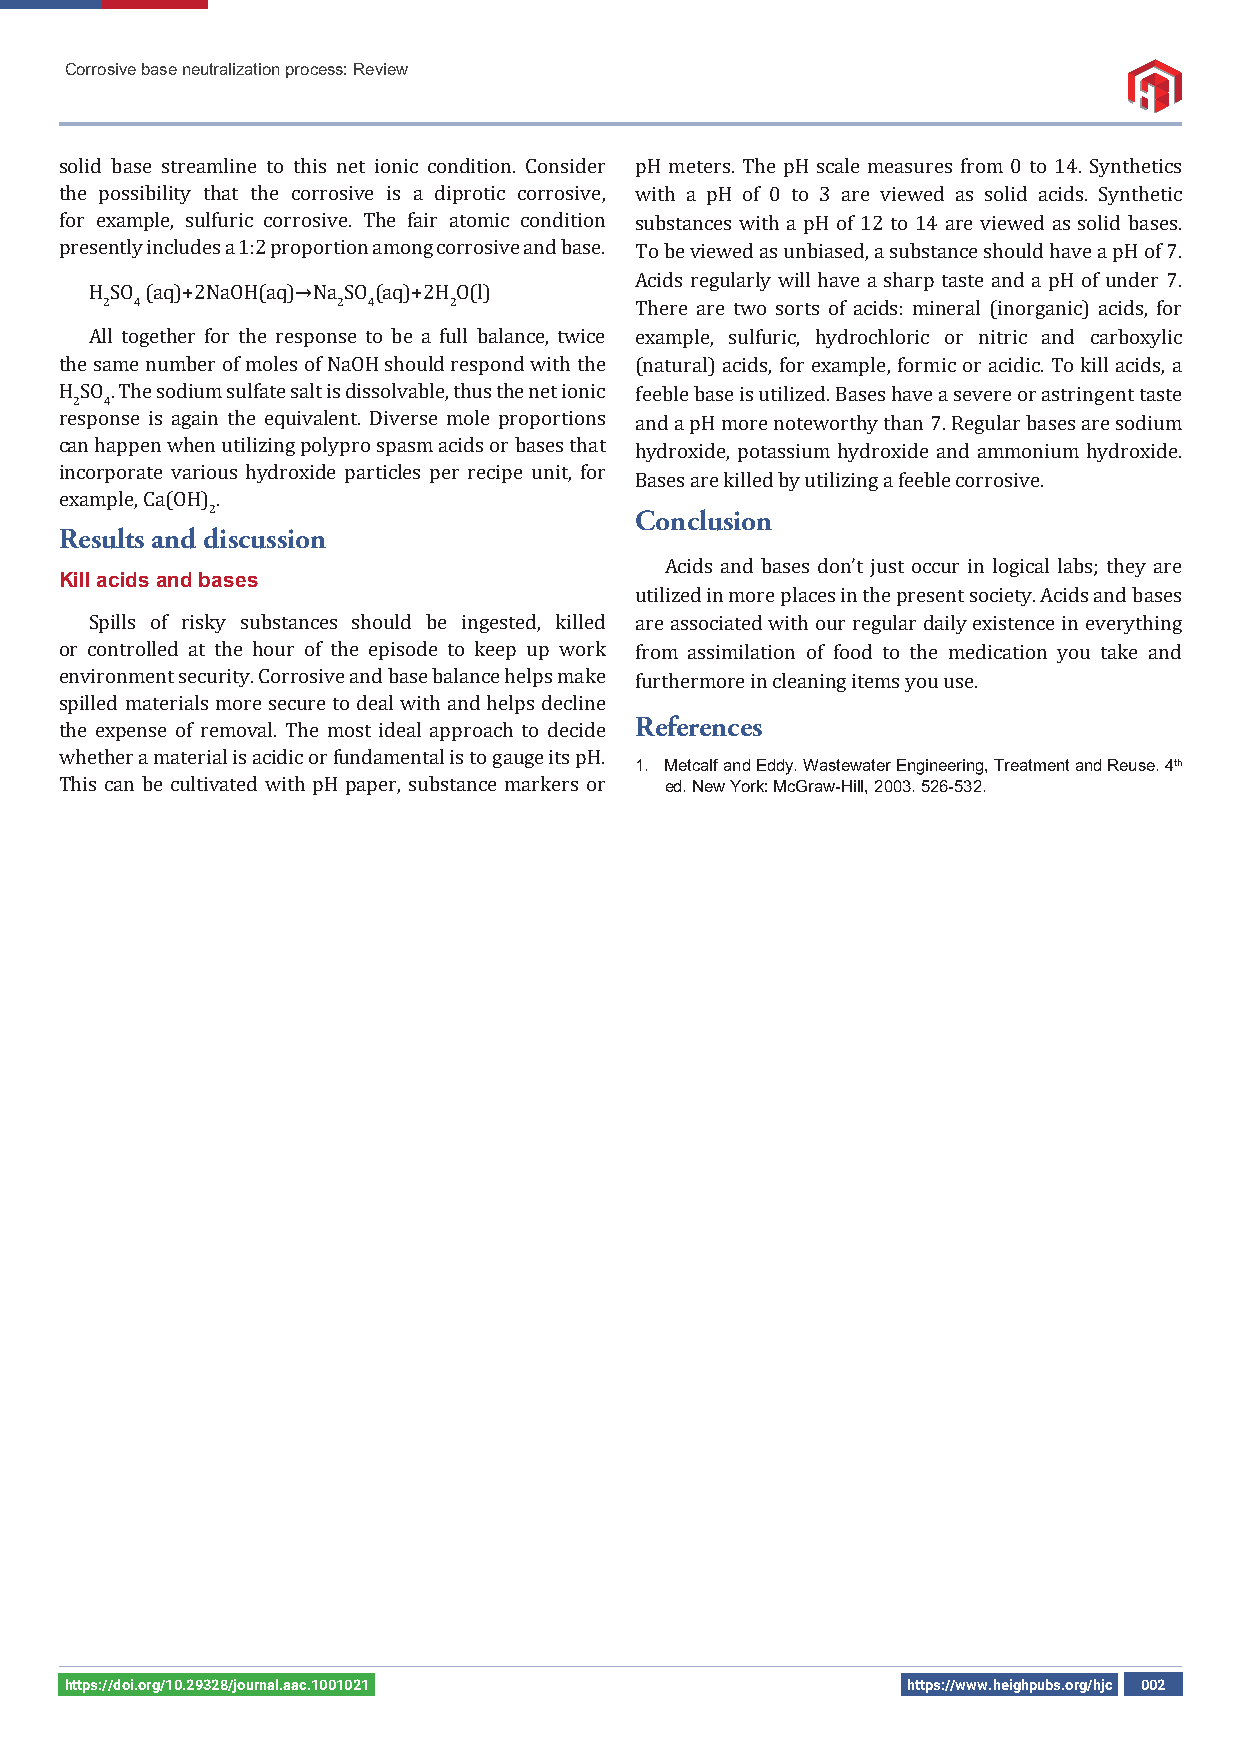
Corrosive base neutralization process: Review
 solid base streamline to this net ionic condition. Consider pH meters. The pH scale measures from 0 to 14. Synthetics
 the possibility that the corrosive is a diprotic corrosive, with a pH of 0 to 3 are viewed as solid acids. Synthetic
 for example, sulfuric corrosive. The fair atomic condition substances with a pH of 12 to 14 are viewed as solid bases.
 presently includes a 1:2 proportion among corrosive and base. To be viewed as unbiased, a substance should have a pH of 7.
 Acids regularly will have a sharp taste and a pH of under 7.
 H SO (aq)+2NaOH(aq)→Na SO (aq)+2H O(l)
 2 4            2 4     2           There are two sorts of acids: mineral (inorganic) acids, for
 All together for the response to be a full balance, twice example, sulfuric, hydrochloric or nitric and carboxylic
 the same number of moles of NaOH should respond with the (natural) acids, for example, formic or acidic. To kill acids, a
 H SO . The sodium sulfate salt is dissolvable, thus the net ionic feeble base is utilized. Bases have a severe or astringent taste
 2 4
 response is again the equivalent. Diverse mole proportions and a pH more noteworthy than 7. Regular bases are sodium
 can happen when utilizing polypro spasm acids or bases that hydroxide, potassium hydroxide and ammonium hydroxide.
 incorporate various hydroxide particles per recipe unit, for
 Bases are killed by utilizing a feeble corrosive.
 example, Ca(OH) .
 2                           Conclusion
 Results and discussion
 Acids and bases don’t just occur in logical labs; they are
 Kill acids and bases
 utilized in more places in the present society. Acids and bases
 Spills of risky substances should be ingested, killed are associated with our regular daily existence in everything
 or controlled at the hour of the episode to keep up work from assimilation of food to the medication you take and
 environment security. Corrosive and base balance helps make furthermore in cleaning items you use.
 spilled materials more secure to deal with and helps decline
 References
 the expense of removal. The most ideal approach to decide
 whether a material is acidic or fundamental is to gauge its pH.
 1. Metcalf and Eddy. Wastewater Engineering, Treatment and Reuse. 4th
 This can be cultivated with pH paper, substance markers or ed. New York: McGraw-Hill, 2003. 526-532.
 https://doi.org/10.29328/journal.aac.1001021            https://www.heighpubs.org/hjc 002